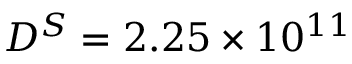
D ^ { S } = 2 . 2 5 \times 1 0 ^ { 1 1 }